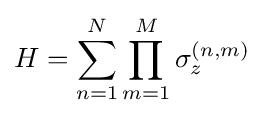
H=\sum _{n=1}^{N}\prod _{m=1}^{M}\sigma _{z}^{(n,m)}